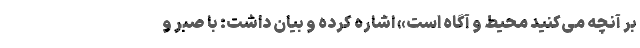
بر آنچه می‌کنید محیط و آگاه است» اشاره کرده و بیان داشت: با صبر و